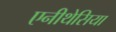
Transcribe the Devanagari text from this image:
एनीथेसिया